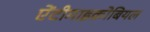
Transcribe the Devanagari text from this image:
ऐंटीमाइक्रोबियल